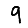
Digit: 9